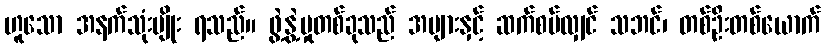
ဟူသော အနက်သုံးမျိုး ရသည်။ ဖွဲ့နွဲ့မှုတစ်ခုသည် အများနှင့် ဆက်စပ်လျှင် သဘင်၊ တစ်ဦးတစ်ယောက်